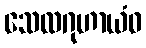
သေလဂုဟာယံဝ